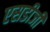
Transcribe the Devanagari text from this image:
एसडीजी